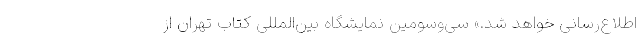
اطلاع‌رسانی خواهد شد.» سی‌وسومین نمایشگاه بین‌المللی کتاب تهران از